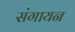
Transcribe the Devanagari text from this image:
संगायन